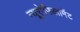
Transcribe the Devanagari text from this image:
न्यूरोफिलामेंट